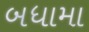
બધામા